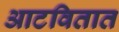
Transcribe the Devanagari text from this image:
आटवितात